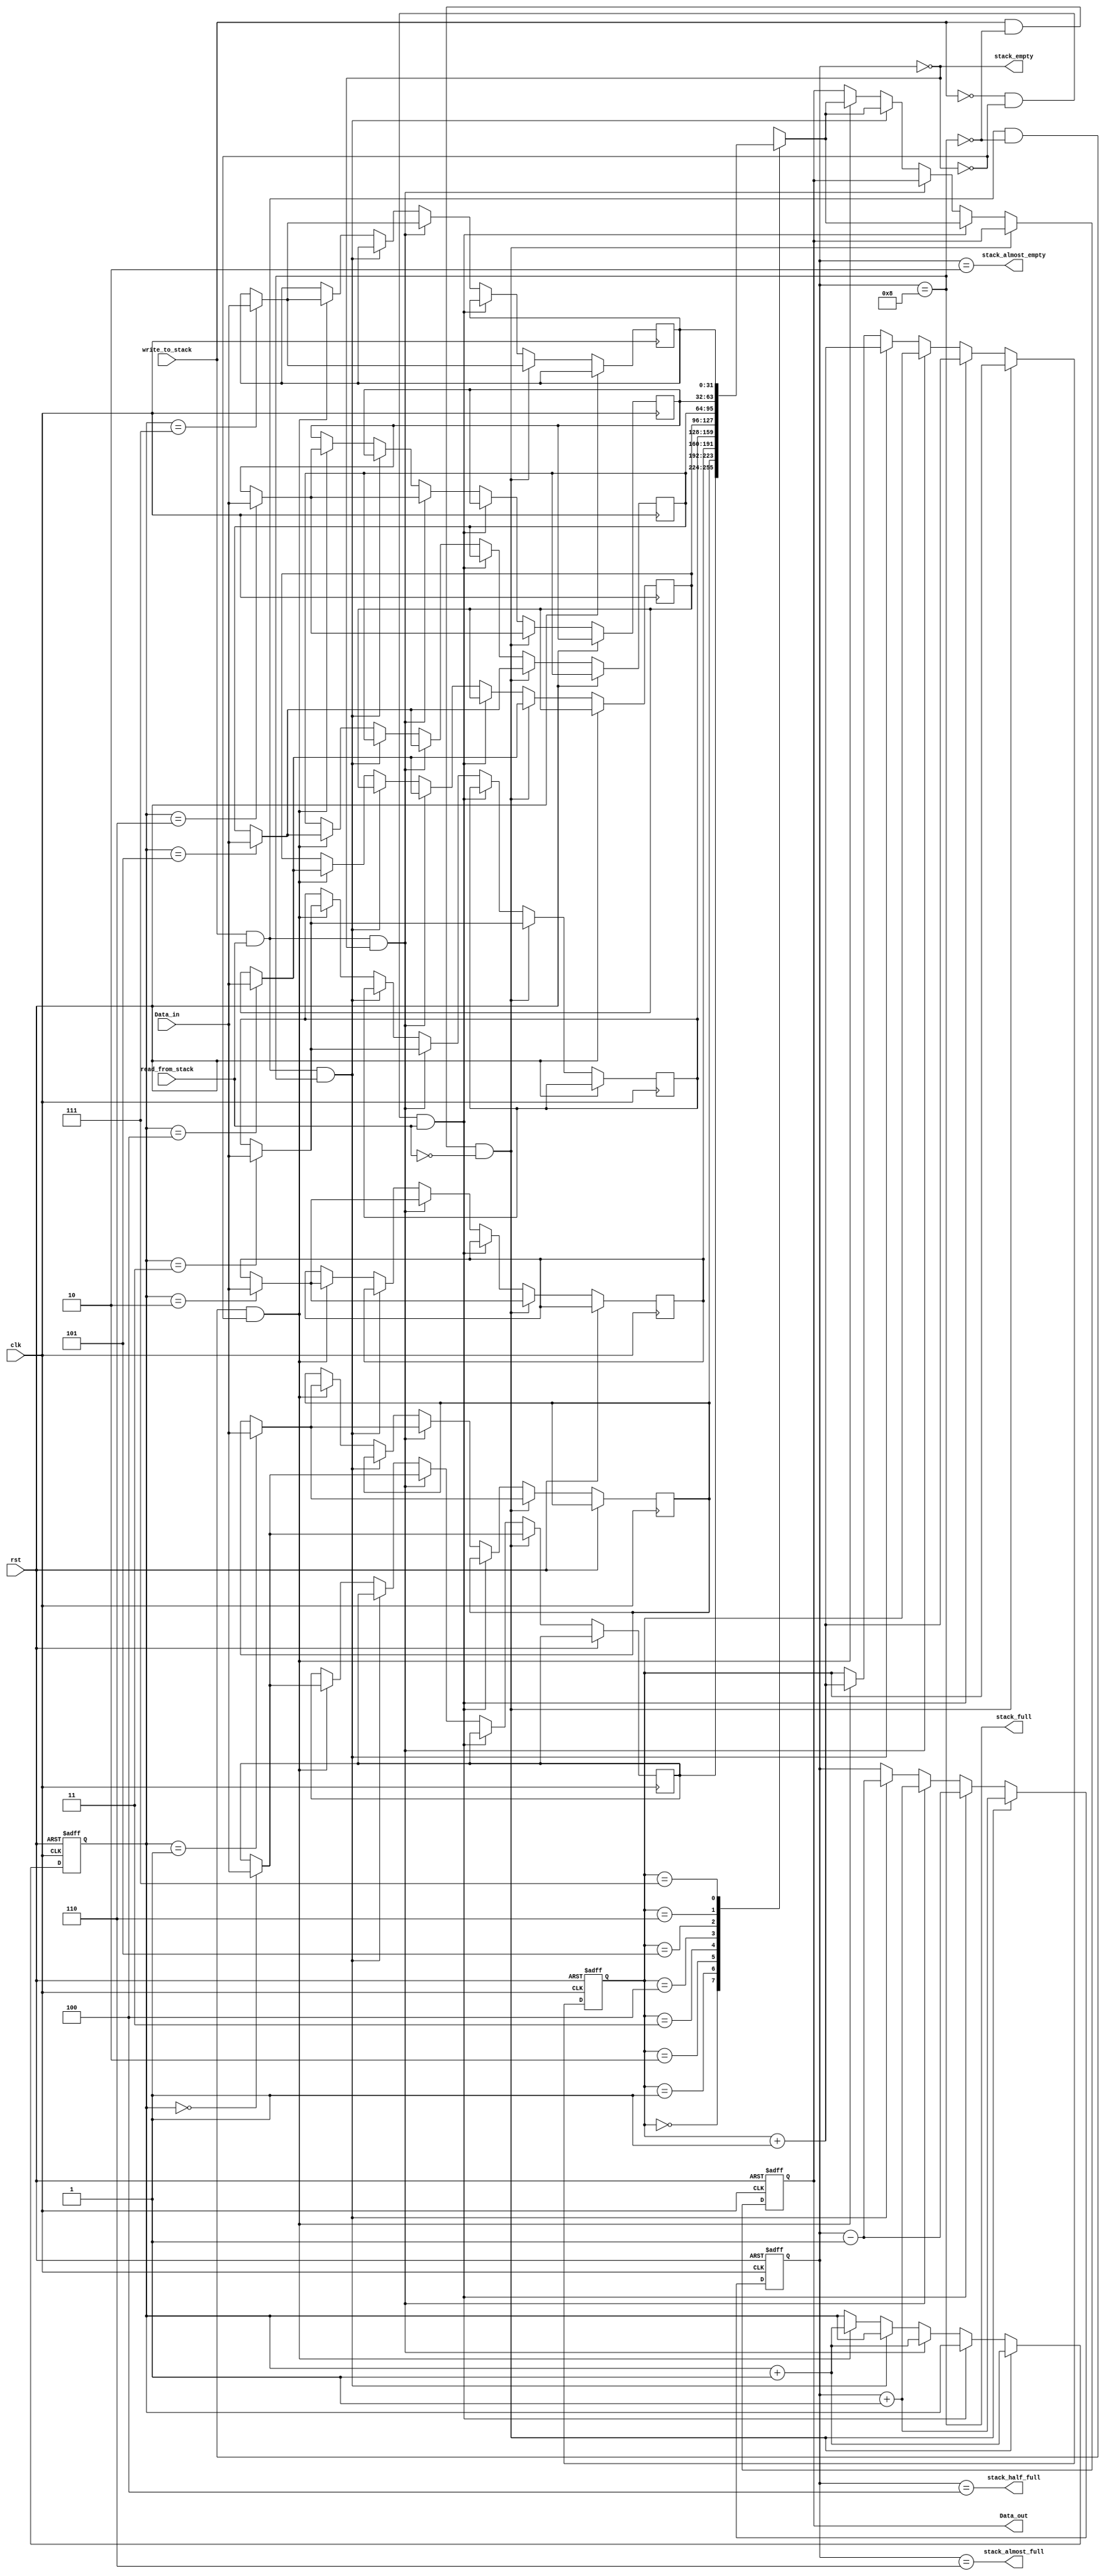
module FIFO_Buffer(
  Data_out, 			//
  stack_full,  			//
  stack_almost_full, 	//
  stack_half_full, 		//
  stack_almost_empty,	 //
  stack_empty, 			//
  Data_in, 				//
  write_to_stack,		//
  read_from_stack,		//
  clk,					//
  rst					//
  );
  
  parameter stack_width=32; //
  parameter stack_height=8; //
  parameter stack_ptr_width=3; //
  parameter AE_level=2; 
  parameter AF_level=6;
  parameter HF_level=4;
  
  output [stack_width-1:0] Data_out;
  output                 stack_full,stack_almost_full,stack_half_full; //
  output                 stack_almost_empty,stack_empty;			//
  input[stack_width-1:0] Data_in;
  input                  write_to_stack,read_from_stack;      //
  input                  clk,rst;

  reg[stack_ptr_width-1:0] read_ptr,write_ptr;
  reg[stack_ptr_width:0]   ptr_gap;
  reg[stack_width-1:0]     Data_out;
  reg[stack_width-1:0]     stack[stack_height-1:0];

  assign stack_full=(ptr_gap==stack_height);
  assign stack_almost_full=(ptr_gap==AF_level);
  assign stack_half_full=(ptr_gap==HF_level);
  assign stack_almost_empty=(ptr_gap==AE_level);
  assign stack_empty=(ptr_gap==0);

  always @(posedge clk or posedge rst)
   if(rst)begin
       Data_out<=0;
       read_ptr<=0;
       write_ptr<=0;
       ptr_gap<=0;
   end
   else if(write_to_stack &&(!stack_full)&&(!read_from_stack))begin
       stack[write_ptr]<=Data_in;
       write_ptr<=write_ptr+1;
       ptr_gap<=ptr_gap+1;
   end
   else if((!write_to_stack)&&(!stack_empty)&&read_from_stack)begin
       Data_out<=stack[read_ptr];
       read_ptr<=read_ptr+1;
       ptr_gap<=ptr_gap-1;
   end
   else if(write_to_stack &&read_from_stack&&stack_empty)begin
       stack[write_ptr]<=Data_in;
       write_ptr<=write_ptr+1;
       ptr_gap<=ptr_gap+1;
   end
   else if(write_to_stack &&read_from_stack&&stack_full)begin
       Data_out<=stack[read_ptr];
       read_ptr<=read_ptr+1;
       ptr_gap<=ptr_gap-1;
   end
   else if(write_to_stack&&read_from_stack&&(!stack_full)&&(!stack_empty))
   begin
       Data_out<=stack[read_ptr];
       stack[write_ptr]<=Data_in;
       read_ptr<=read_ptr+1;
       write_ptr<=write_ptr+1;
   end
endmodule